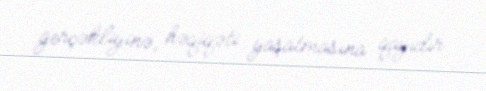
gerçəkliyinə, həqiqəti yaşatmasına qayıdır.